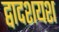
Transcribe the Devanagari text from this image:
द्वादशयश